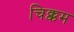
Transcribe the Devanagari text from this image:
चिक्कम